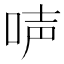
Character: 𠴢